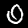
Digit: 0